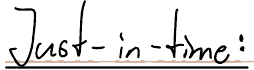
Just-in-time: